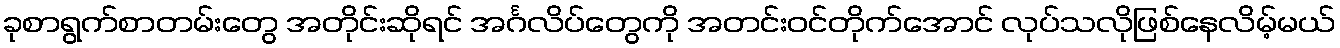
ခုစာရွက်စာတမ်းတွေ အတိုင်းဆိုရင် အင်္ဂလိပ်တွေကို အတင်းဝင်တိုက်အောင် လုပ်သလိုဖြစ်နေလိမ့်မယ်